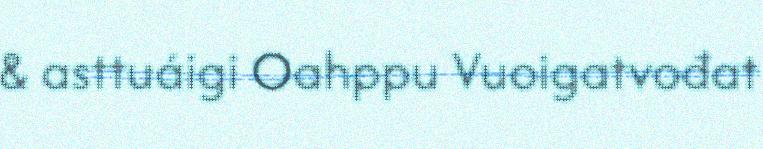
& asttuáigi Oahppu Vuoigatvođat